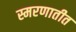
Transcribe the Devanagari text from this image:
स्मरणातीत